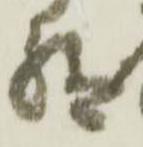
給